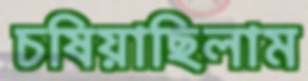
চষিয়াছিলাম